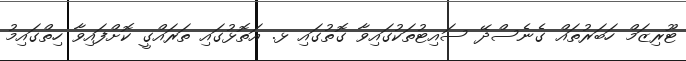
ޓޫރިޒަމް ހަބަރުތައް ގެނެސްދޭ ސައިޓުތަކުގައިވާ ގޮތުގައި ޅ. އަތޮޅުގައި ތަރައްގީ ކޮށްފައިވާ ހިތްގައިމު